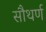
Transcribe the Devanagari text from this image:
सौथर्ण